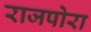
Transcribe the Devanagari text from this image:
राजपोरा